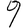
Digit: 9